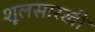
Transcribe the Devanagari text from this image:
शूलसारखी